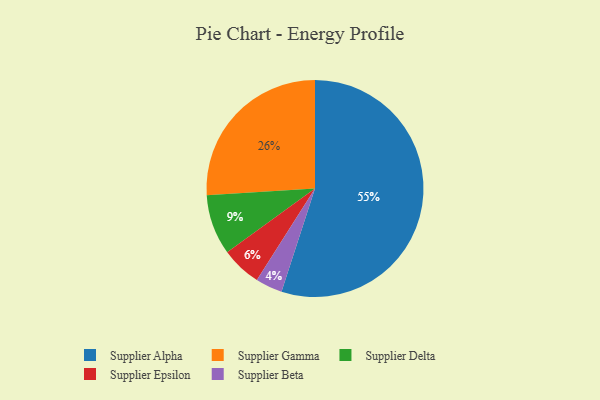
{"axis": {"x": "Category", "y": "Percentage"}, "legend": ["Supplier Alpha", "Supplier Beta", "Supplier Delta", "Supplier Epsilon", "Supplier Gamma"], "data": [{"x": "Supplier Epsilon", "y": 6, "type": "Supplier Epsilon"}, {"x": "Supplier Delta", "y": 9, "type": "Supplier Delta"}, {"x": "Supplier Alpha", "y": 55, "type": "Supplier Alpha"}, {"x": "Supplier Gamma", "y": 26, "type": "Supplier Gamma"}, {"x": "Supplier Beta", "y": 4, "type": "Supplier Beta"}]}